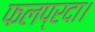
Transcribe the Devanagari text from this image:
फलप्रदा।